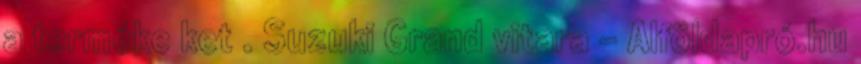
a terméke ket . Suzuki Grand vitara - Alföldapró.hu